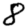
Digit: 8